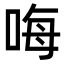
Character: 𠳨